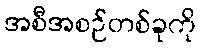
အစီအစဉ်တစ်ခုကို